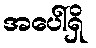
အပေါ်ရှိ